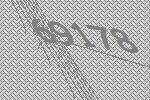
69178